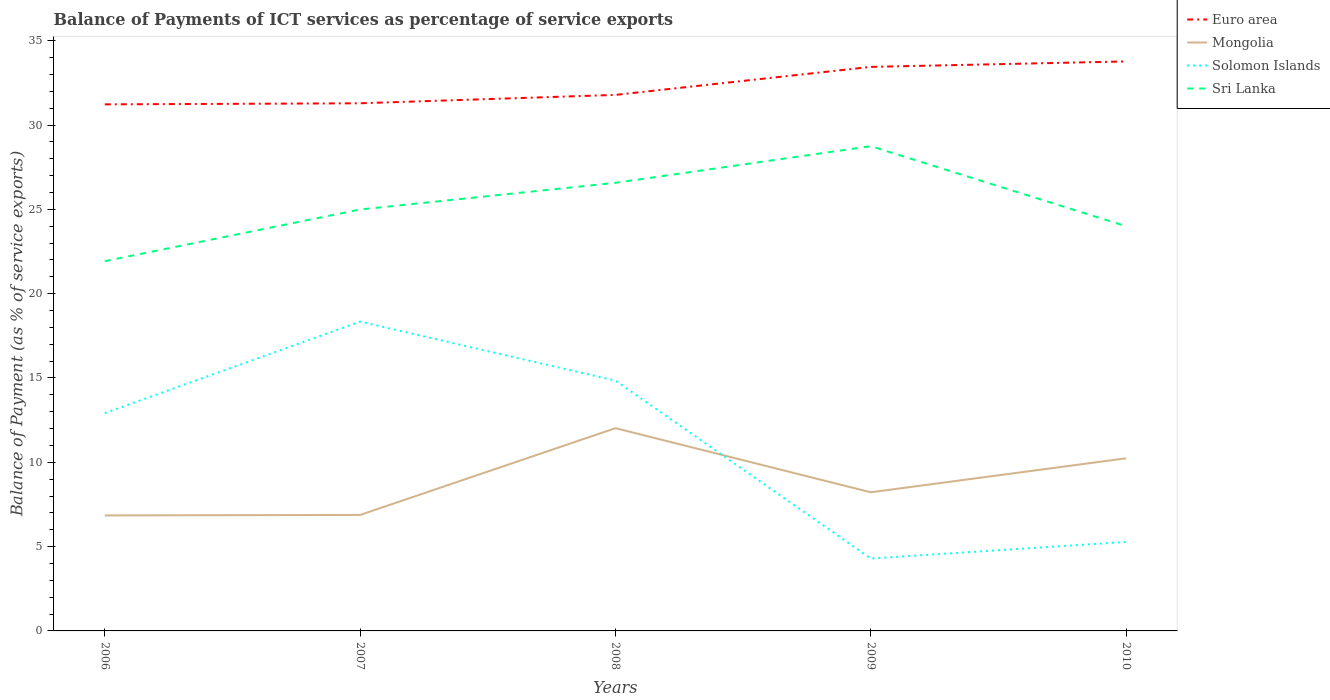
| Years | Euro area | Mongolia | Solomon Islands | Sri Lanka |
 | --- | --- | --- | --- | --- |
 | 2006 | 31.2 | 6.85 | 12.9 | 21.9 |
 | 2007 | 31.3 | 6.88 | 18.3 | 25 |
 | 2008 | 31.8 | 12 | 14.8 | 26.6 |
 | 2009 | 33.4 | 8.22 | 4.29 | 28.7 |
 | 2010 | 33.8 | 10.2 | 5.28 | 24 |